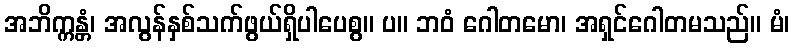
အဘိက္ကန္တံ၊ အလွန်နှစ်သက်ဖွယ်ရှိပါပေစွ။ ပ။ ဘဝံ ဂေါတမော၊ အရှင်ဂေါတမသည်။ မံ၊